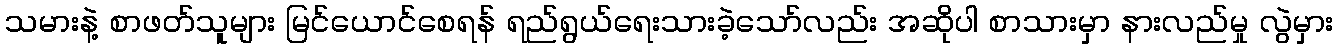
သမားနဲ့ စာဖတ်သူများ မြင်ယောင်စေရန် ရည်ရွယ်ရေးသားခဲ့သော်လည်း အဆိုပါ စာသားမှာ နားလည်မှု လွဲမှား